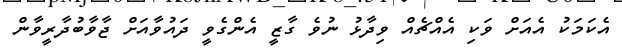
އެކަމަކު އެއަށް ވަކި އެއްޗެއް ވިދާޅު ނުވެ ގާޒީ އެންގެވީ ދައުވާއަށް ޖާވާބުދާރީވާން